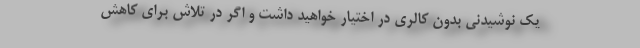
یک نوشیدنی بدون کالری در اختیار خواهید داشت و اگر در تلاش برای کاهش